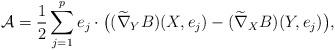
LaTeX: \begin{align*}\mathcal{A}= \frac{1}{2} \sum_{j=1}^p e_j \cdot \big( (\widetilde{\nabla}_YB)(X,e_j)-(\widetilde{\nabla}_XB)(Y,e_j) \big),\end{align*}